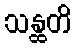
သန္ထတိ